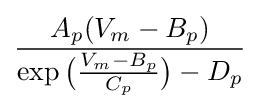
{\frac {A_{p}(V_{m}-B_{p})}{\exp {\big (}{\frac {V_{m}-B_{p}}{C_{p}}}{\big )}-D_{p}}}